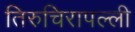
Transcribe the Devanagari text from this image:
तिरुचिरापल्‍ली